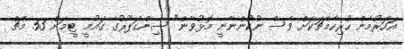
އަހަރުމެން ހުރިހާމެޗަކަށް ވެސް ނުކުންނާނީ މޮޅުވާން" ސިންގަޕޫރުގެ ގައުމީ ޓީމަށް 53 މެޗް